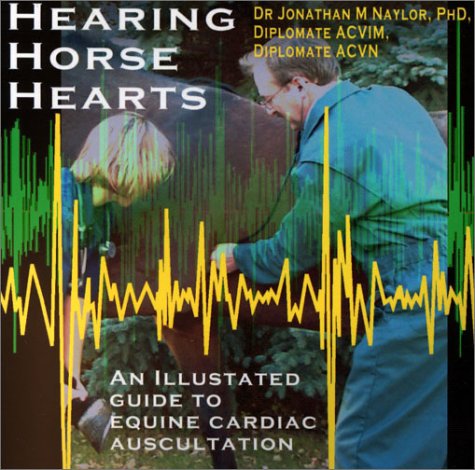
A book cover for Hearing Horse Hearts: An Illustrated Guide to Equine Cardiac Auscultation; Jonathan M. Naylor; Medical Books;